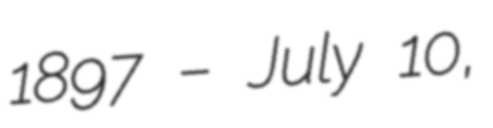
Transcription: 1897 – July 10,